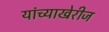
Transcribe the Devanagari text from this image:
यांच्याखेरीज